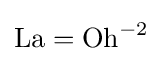
\mathrm {La} =\mathrm {Oh} ^{-2}